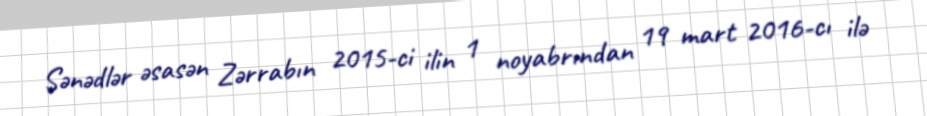
Sənədlər əsasən Zərrabın 2015-ci ilin 1 noyabrından 19 mart 2016-cı ilə